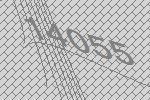
14055